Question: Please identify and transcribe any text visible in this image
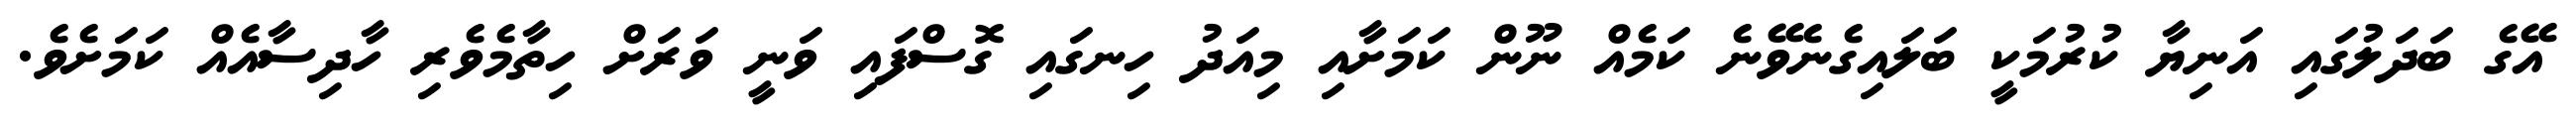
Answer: އޭގެ ބަދަލުގައި އަނިޔާ ކުރުމަކީ ބަލައިގެނެވޭނެ ކަމެއް ނޫން ކަމަށާއި މިއަދު ހިނގައި ގޮސްފައި ވަނީ ވަރަށް ހިތާމެވެރި ހާދިސާއެއް ކަމަށެވެ.